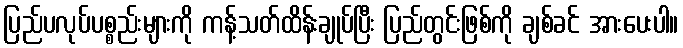
ပြည်ပလုပ်ပစ္စည်းများကို ကန့်သတ်ထိန်းချုပ်ပြီး ပြည်တွင်းဖြစ်ကို ချစ်ခင် အားပေးပါ။